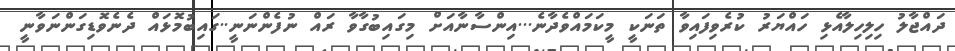
ދައްޖާލު ހިލިހިލާއެޅި ހައްޔަރު ކުރެވިފައިވާ ތަނަކީ މީކަމައްވެދާނެ...އިންސާނާއަށް މިގައިބުގާވާ ރައް ނުފެންނަނީ..ގައިބުމޮޅައް ދެނެެވޮޑިގަންނަވާނީ